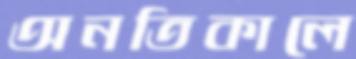
অনতিকালে